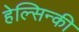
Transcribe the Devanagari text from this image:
हेल्सिन्की